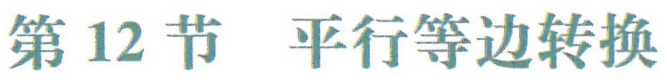
第12节 平行等边转换